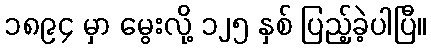
၁၈၉၄ မှာ မွေးလို့ ၁၂၅ နှစ် ပြည့်ခဲ့ပါပြီ။